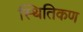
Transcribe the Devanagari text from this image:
स्थितिकण